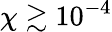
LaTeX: \chi\gtrsim 10^{-4}